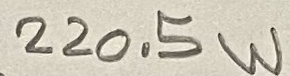
Text: 220.5W